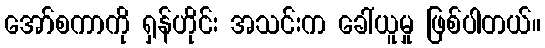
အော်စကာကို ရှန်ဟိုင်း အသင်းက ခေါ်ယူမှု ဖြစ်ပါတယ်။